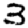
Digit: 3